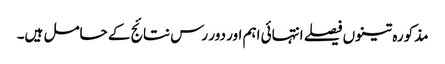
مذکورہ تینوں فیصلے انتہائی اہم اور دور رس نتائج کے حامل ہیں۔